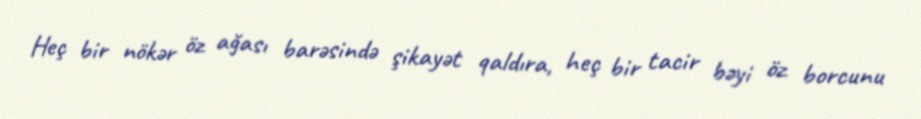
Heç bir nökər öz ağası barəsində şikayət qaldıra, heç bir tacir bəyi öz borcunu